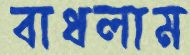
বাধলাম